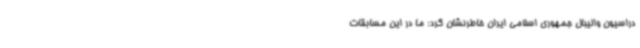
دراسیون والیبال جمهوری اسلامی ایران خاطرنشان کرد: ما در این مسابقات